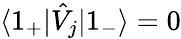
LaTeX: \langle 1_{+}|\hat{V}_{j}|1_{-}\rangle=0